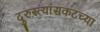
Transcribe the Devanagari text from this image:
दुरुस्त्यांसकटच्या